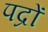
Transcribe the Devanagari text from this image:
पद्रों